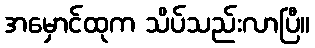
အမှောင်ထုက သိပ်သည်းလာပြီ။